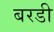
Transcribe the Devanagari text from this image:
बरडी